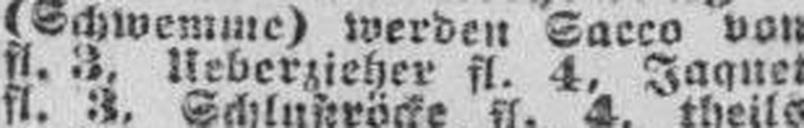
(Schwemme) werden Sacco von